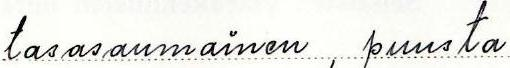
tasasaumainen, puusta